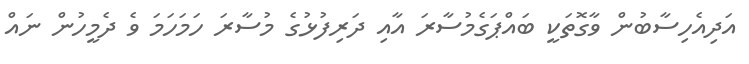
އަދިއެހިސާބުން ވާގޮތަކީ ބައްޕަގެމުސާރަ އާއި ދަރިފުޅުގެ މުސާރަ ހަމަހަމަ ވެ ދެމީހުން ނައް